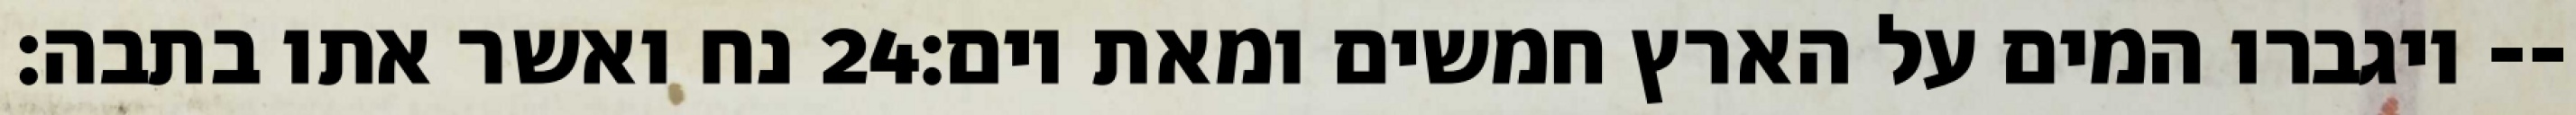
נח ואשר אתו בתבה׃ ‎24‏ ויגברו המים על הארץ חמשים ומאת יום׃--